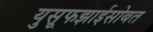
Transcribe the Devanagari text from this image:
युसूफझाईसोबत